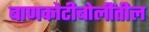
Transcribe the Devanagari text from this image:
बाणकोटीबोलींतील